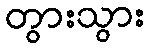
တွားသွား